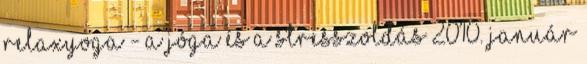
Relaxyoga - a jóga és a stresszoldás 2010. január